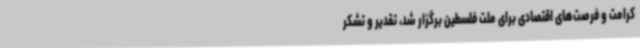
کرامت و فرصت‌های اقتصادی برای ملت فلسطین برگزار شد، تقدیر و تشکر